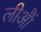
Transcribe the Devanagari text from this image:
लीआैं